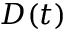
D ( t )